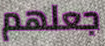
جعلهم